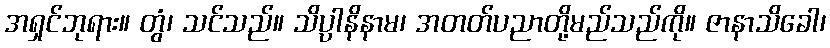
အရှင်ဘုရား။ တွံ၊ သင်သည်။ သိပ္ပါနိနာမ၊ အတတ်ပညာတို့မည်သည်ကို။ ဇာနာသိခေါ၊